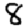
Digit: 8